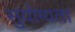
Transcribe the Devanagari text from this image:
सुयोग्यता